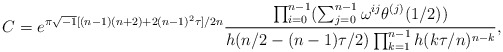
\begin{align*}C=e^{\pi\sqrt{-1}[(n-1)(n+2)+2(n-1)^2 \tau ]/2n}\displaystyle\frac{\prod_{i=0}^{n-1} (\sum_{j=0}^{n-1} \omega^{ij} \theta ^{(j)}(1/2))}{h(n/2-(n-1)\tau /2)\prod_{k=1}^{n-1} h(k\tau /n)^{n-k}}, \end{align*}